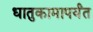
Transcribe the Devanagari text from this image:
धातुकामापर्यंत